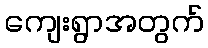
ကျေးရွာအတွက်